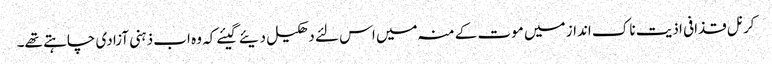
کرنل قذافی اذیت ناک انداز میں موت کے منہ میں اس لئے دھکیل دیئے گیئے کہ وہ اب ذہنی آزادی چاہتے تھے۔